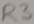
Text: R3